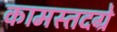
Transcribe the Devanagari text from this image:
कामस्तदग्रे